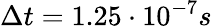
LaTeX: \Delta t=1.25\cdot 10^{-7}s